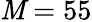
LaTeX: \mathit{M}=55